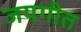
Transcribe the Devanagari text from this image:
जयगीत